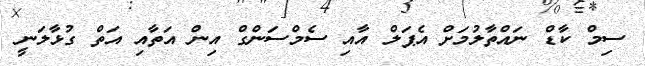
ސިމް ކާޑް ނައްތާލުމަށް އެޕަލް އާއި ސެމްސަންގް އިން އަތާއި އަތް ގުޅާލަނީ